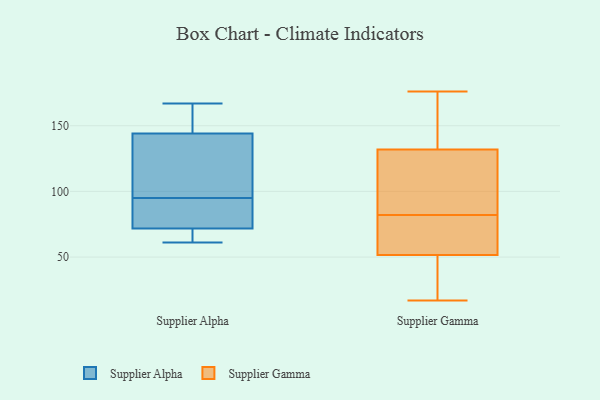
{"axis": {"x": "Temperature (°C)", "y": "Value"}, "legend": ["Supplier Alpha", "Supplier Gamma"], "data": [{"x": "", "y": 93, "type": "Supplier Alpha"}, {"x": "", "y": 121, "type": "Supplier Alpha"}, {"x": "", "y": 95, "type": "Supplier Alpha"}, {"x": "", "y": 145, "type": "Supplier Alpha"}, {"x": "", "y": 167, "type": "Supplier Alpha"}, {"x": "", "y": 66, "type": "Supplier Alpha"}, {"x": "", "y": 61, "type": "Supplier Alpha"}, {"x": "", "y": 75, "type": "Supplier Alpha"}, {"x": "", "y": 144, "type": "Supplier Alpha"}, {"x": "", "y": 73, "type": "Supplier Alpha"}, {"x": "", "y": 144, "type": "Supplier Alpha"}, {"x": "", "y": 68, "type": "Supplier Alpha"}, {"x": "", "y": 120, "type": "Supplier Alpha"}, {"x": "", "y": 43, "type": "Supplier Gamma"}, {"x": "", "y": 108, "type": "Supplier Gamma"}, {"x": "", "y": 173, "type": "Supplier Gamma"}, {"x": "", "y": 176, "type": "Supplier Gamma"}, {"x": "", "y": 142, "type": "Supplier Gamma"}, {"x": "", "y": 17, "type": "Supplier Gamma"}, {"x": "", "y": 79, "type": "Supplier Gamma"}, {"x": "", "y": 60, "type": "Supplier Gamma"}, {"x": "", "y": 26, "type": "Supplier Gamma"}, {"x": "", "y": 76, "type": "Supplier Gamma"}, {"x": "", "y": 122, "type": "Supplier Gamma"}, {"x": "", "y": 85, "type": "Supplier Gamma"}]}